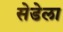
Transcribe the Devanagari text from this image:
सेडेला